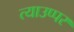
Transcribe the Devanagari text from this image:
त्याउप्पर